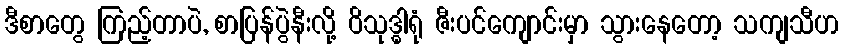
ဒီစာတွေ ကြည့်တာပဲ, စာပြန်ပွဲနီးလို့ ဝိသုဒ္ဓါရုံ ဇီးပင်ကျောင်းမှာ သွားနေတော့ သကျသီဟ